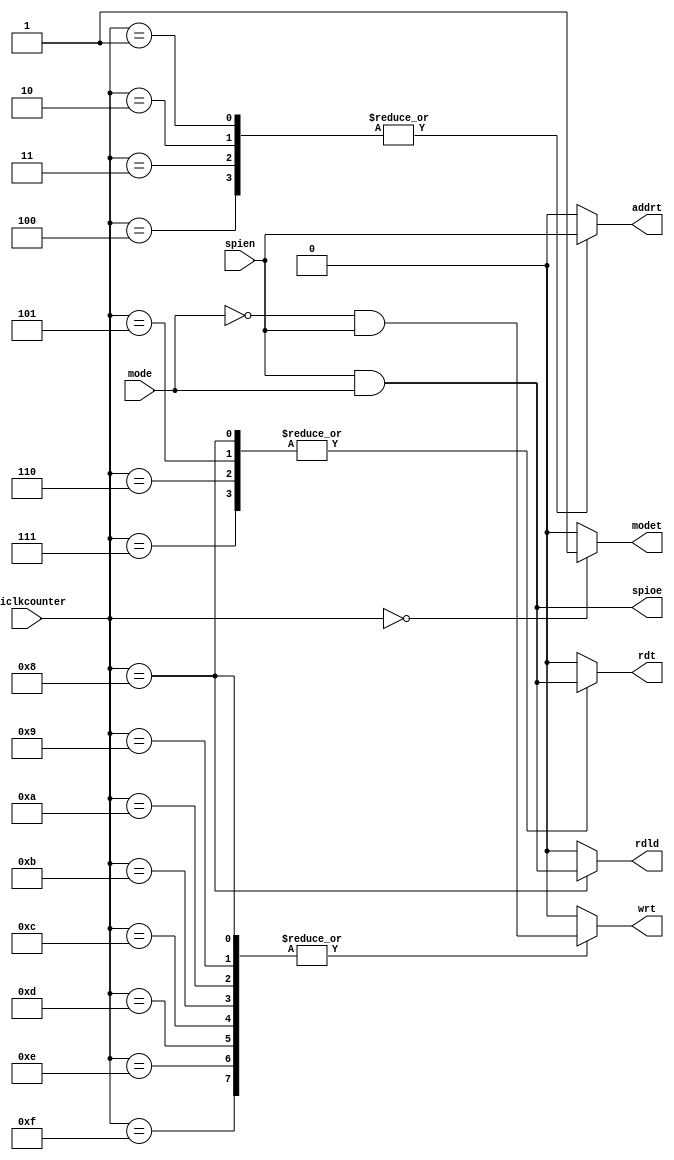
module spiseq(
  input [3:0] spiclkcounter,
  input spien,
  input mode,
  output addrt,
  output spioe,
  output rdt,
  output rdld,
  output wrt,
  output modet);
  reg modetreg;
  reg addrtreg;
  reg rdtreg;
  reg wrtreg;
  reg rdldreg;
  reg spioereg;
  assign modet = modetreg;
  assign addrt = addrtreg;
  assign rdt = rdtreg;
  assign wrt = wrtreg;
  assign rdld = rdldreg;
  assign spioe = spioereg;
  always @(*) begin
    modetreg = 0;
    rdtreg = 0;
    addrtreg = 0;
    wrtreg = 0;
    rdldreg = 0;
    spioereg = spien & mode;
    case(spiclkcounter)
      4'h0:
        modetreg <= 1; 
      4'h1, 4'h2, 4'h3, 4'h4:
      	addrtreg <= spien; 
      4'h5, 4'h6, 4'h7:
        rdtreg <= (mode & spien); 
      4'h8:
        begin
          rdtreg <= (mode & spien); 
          rdldreg <= (mode & spien); 
          wrtreg <= (~mode & spien); 
        end
      4'h9, 4'ha, 4'hb, 
      4'hc, 4'hd, 4'he, 4'hf:
        wrtreg <= (~mode & spien); 
      default:
        begin
          rdtreg <= 1'bx;
          wrtreg <= 1'bx;
          addrtreg <= 1'bx;
          modetreg <= 1'bx;
          rdldreg <= 1'bx;
        end   
    endcase
  end
endmodule